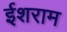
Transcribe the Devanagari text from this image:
ईशराम